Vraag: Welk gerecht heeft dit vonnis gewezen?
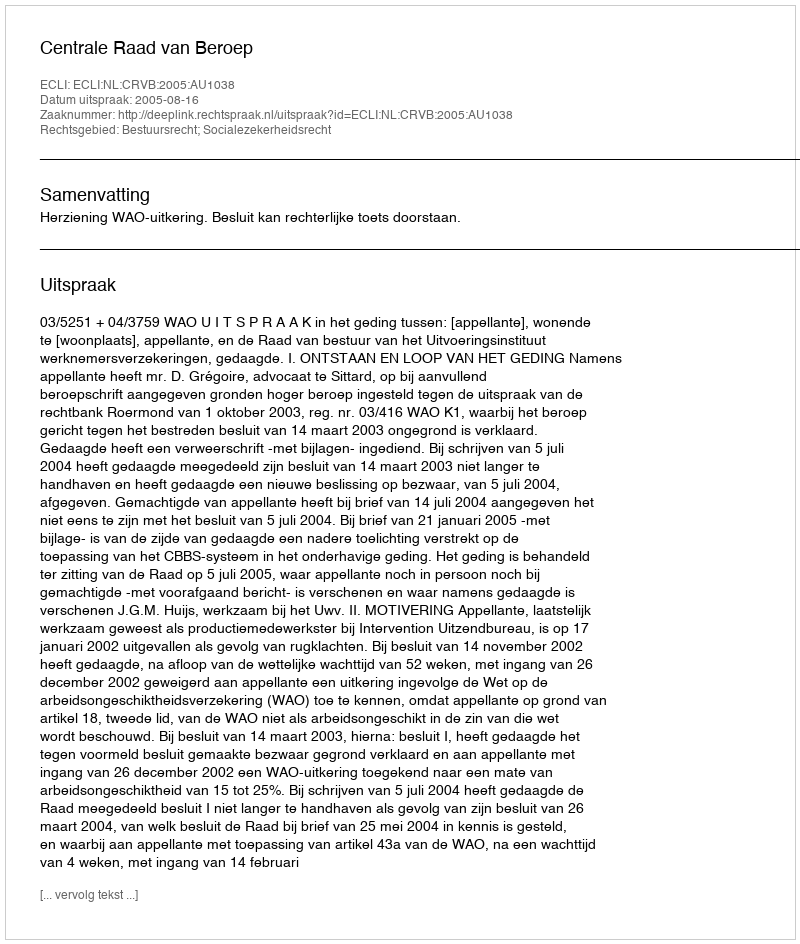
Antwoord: Centrale Raad van Beroep